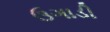
ઉગાડી